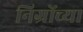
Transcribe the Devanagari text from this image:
निग्रोंच्या